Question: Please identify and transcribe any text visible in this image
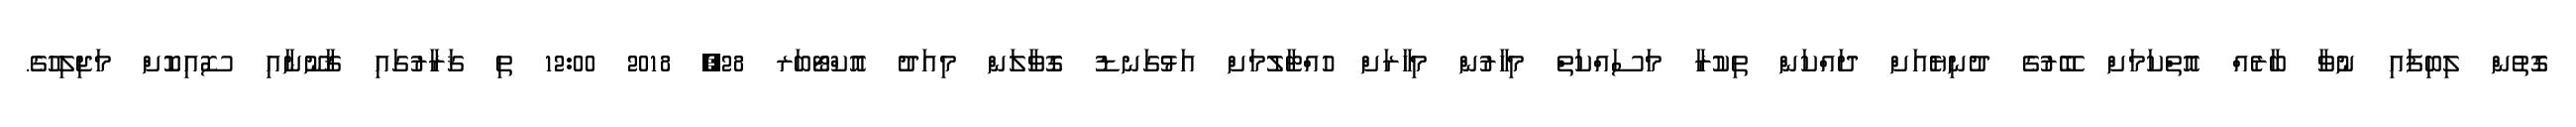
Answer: ގޮތުން ލިބިފައި ނުވާ ބާރެއް އޮތްކަމަށް ބޭރުގެ ދުނިޔެއަށް ދައްކަން ތިކުރާ މަސައްކަތް މިހާރުން މިހާރަށް ހުއްޓާލުމަށް އަޅުގަނޑު ގޮވާލަން މިއަދު އޮކްޓޯބަރ 28, 2018 12:00 ތި ޤަރާރުގައި ޤާނޫނާއި ސޮއިކޮށް މަޖިލިހުގެ.